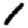
Digit: 1